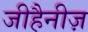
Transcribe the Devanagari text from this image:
जीहैनीज़